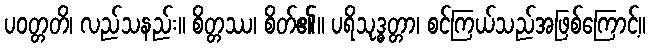
ပဝတ္တတိ၊ လည်သနည်း။ စိတ္တဿ၊ စိတ်၏။ ပရိသုဒ္ဓတ္တာ၊ စင်ကြယ်သည်အဖြစ်ကြောင့်။